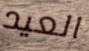
العيد